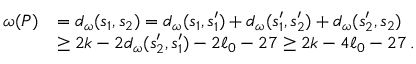
\begin{array} { r l } { \omega ( P ) } & { = d _ { \omega } ( s _ { 1 } , s _ { 2 } ) = d _ { \omega } ( s _ { 1 } , s _ { 1 } ^ { \prime } ) + d _ { \omega } ( s _ { 1 } ^ { \prime } , s _ { 2 } ^ { \prime } ) + d _ { \omega } ( s _ { 2 } ^ { \prime } , s _ { 2 } ) } \\ & { \ge 2 k - 2 d _ { \omega } ( s _ { 2 } ^ { \prime } , s _ { 1 } ^ { \prime } ) - 2 \ell _ { 0 } - 2 7 \ge 2 k - 4 \ell _ { 0 } - 2 7 \, . } \end{array}